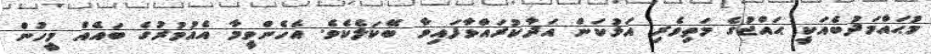
މުޙައްމަދުބެއަކީ ޙައްޖުގެ މަތިވެރި އަޅުކަން އަދާކުރައްވާފައިވާ ބޭކަލެކެވެ. އެހެންވީމާ އެއުމުރުގެ ބައެއް މީހުން